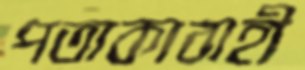
পতাকাবাহী